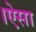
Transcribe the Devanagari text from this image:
।ऐसा